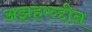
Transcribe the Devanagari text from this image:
अझहरुद्दीन